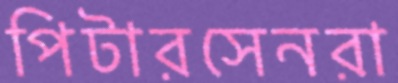
পিটারসেনরা